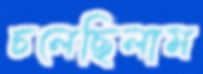
চলেছিলাম